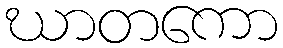
ဃာတကော